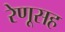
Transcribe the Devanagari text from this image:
रेणूसह